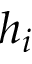
h _ { i }